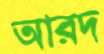
আরদ